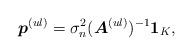
LaTeX: \begin{align*}\boldsymbol{p}^{(ul)}=\sigma_n^2 (\boldsymbol{A}^{(ul)})^{-1}\boldsymbol{1}_K, \end{align*}